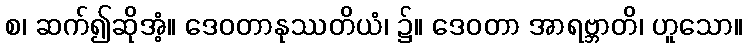
စ၊ ဆက်၍ဆိုအံ့။ ဒေဝတာနုဿတိယံ၊ ၌။ ဒေဝတာ အာရဗ္ဘာတိ၊ ဟူသော။